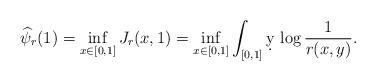
LaTeX: \begin{align*}\widehat\psi_r(1)=\inf_{x\in[0,1]}J_r(x,1)=\inf_{x\in[0,1]}\int_{[0,1]}\d y\, \log\frac{1}{r(x,y)}.\end{align*}